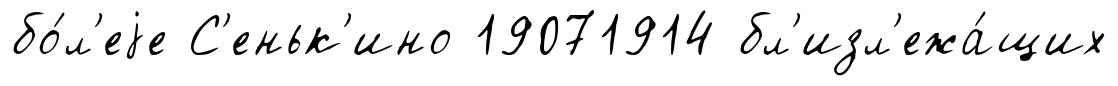
бо́л'еjе С'еньк'ино 19071914 бл'изл'ежа́щих